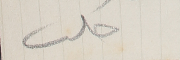
حلب